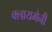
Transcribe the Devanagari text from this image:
क्लायमेनी